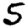
Digit: 5